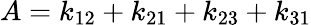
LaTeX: A=k_{12}+k_{21}+k_{23}+k_{31}